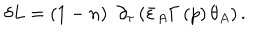
\delta L = \left( 1 - n \right) \, \, \partial _ { \tau } \left( \bar { \varepsilon } _ { A } \Gamma \left( p \right) \theta _ { A } \right) .